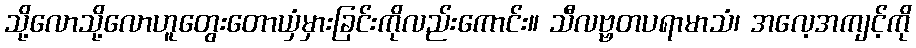
သို့လောသို့လောဟူတွေးတောယှံမှားခြင်းကိုလည်းကောင်း။ သီလဗ္ဗတပရာမာသံ၊ အလေ့အကျင့်ကို